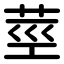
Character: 莖